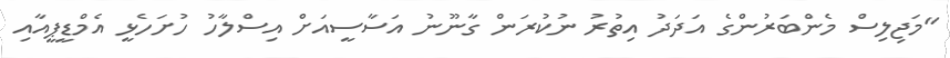
"މަޖިލިސް މެންބަރުންގެ އަދަދު އިތުރު ނުކުރަން ގާނޫނު އަސާސީއަށް އިސްލާހު ހުށަހެޅީ އެމްޑީޕީއާއި